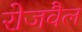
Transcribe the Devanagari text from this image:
रोजवैल